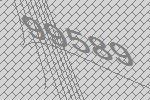
99589